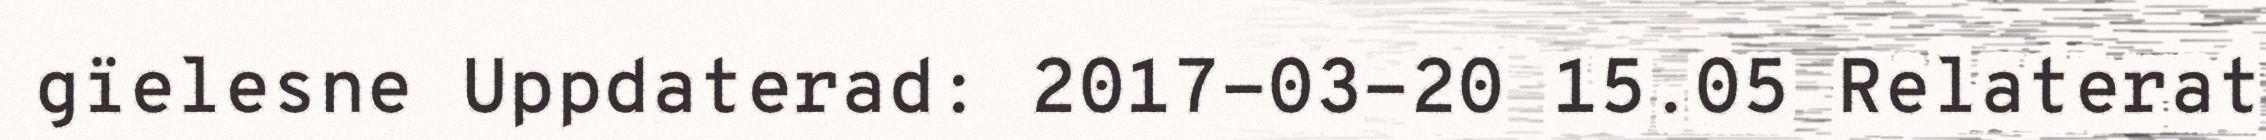
gïelesne Uppdaterad: 2017-03-20 15.05 Relaterat